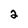
Character: 2